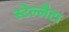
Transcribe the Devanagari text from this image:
स्टेल्लैटा